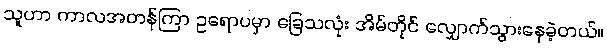
သူဟာ ကာလအတန်ကြာ ဥရောပမှာ ခြေသလုံး အိမ်တိုင် လျှောက်သွားနေခဲ့တယ်။